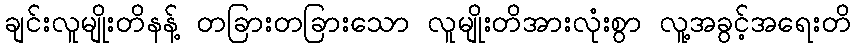
ချင်းလူမျိုးတိနန့် တခြားတခြားသော လူမျိုးတိအားလုံးစွာ လူ့အခွင့်အရေးတိ